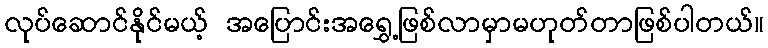
လုပ်ဆောင်နိုင်မယ့် အပြောင်းအရွှေ့ဖြစ်လာမှာမဟုတ်တာဖြစ်ပါတယ်။